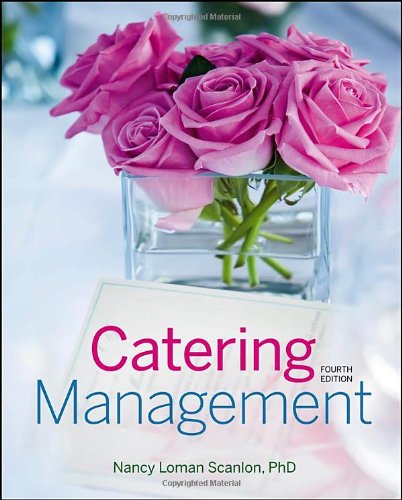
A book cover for Catering Management; Nancy Loman Scanlon; Cookbooks, Food & Wine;